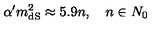
\alpha ^ { \prime } m _ { \mathrm { d S } } ^ { 2 } \approx 5 . 9 n , \quad n \in N _ { 0 }